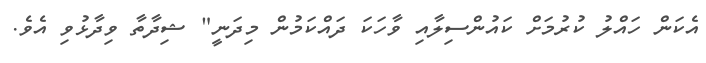
އެކަން ހައްލު ކުރުމަށް ކައުންސިލާއި ވާހަކަ ދައްކަމުން މިދަނީ" ޝިދާތާ ވިދާޅުވި އެވެ.